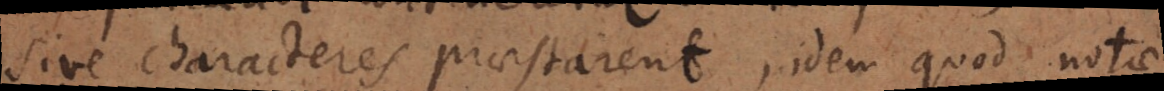
sive characteres praestarent, idem quod notae